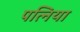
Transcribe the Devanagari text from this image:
पत्निया